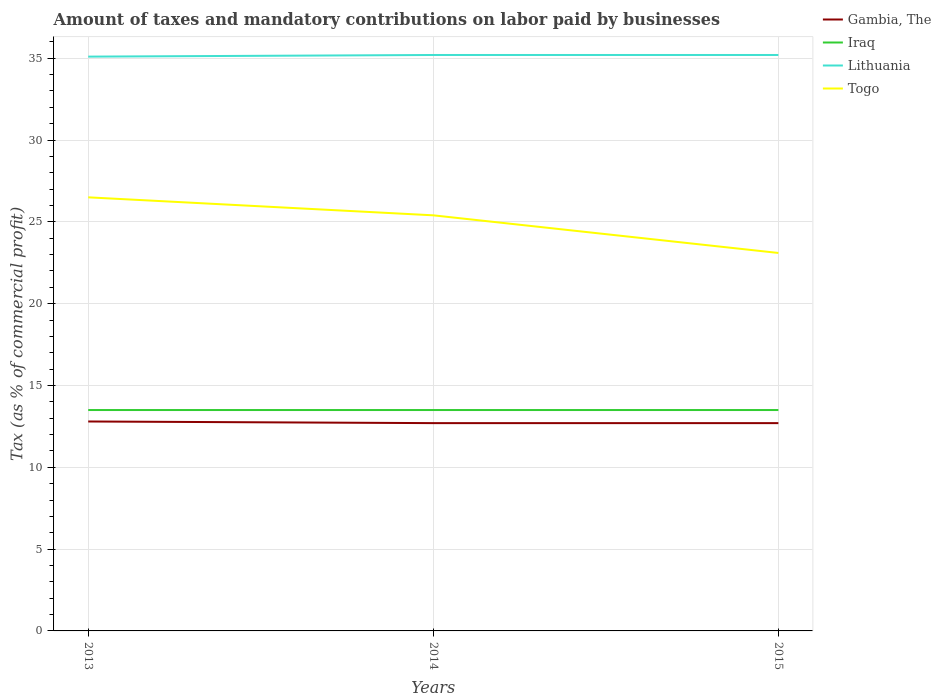
| Years | Gambia, The | Iraq | Lithuania | Togo |
 | --- | --- | --- | --- | --- |
 | 2013 | 12.8 | 13.5 | 35.1 | 26.5 |
 | 2014 | 12.7 | 13.5 | 35.2 | 25.4 |
 | 2015 | 12.7 | 13.5 | 35.2 | 23.1 |